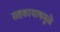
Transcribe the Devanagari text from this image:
सहकायाषमुळे